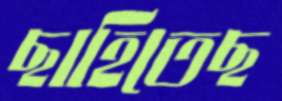
ছাহিতেছ